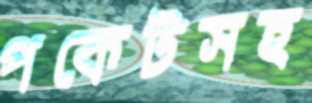
পকেটসহ